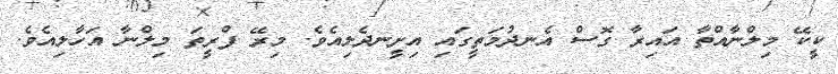
ކީކޭ މިލްނާއްތާ އައިރާ ގޮސް އެނދުމަތީގައި އިށީނދެލިއެވެ. މިރޭ ފްރީތަ މިލްނާ އަހާލިއެވެ.